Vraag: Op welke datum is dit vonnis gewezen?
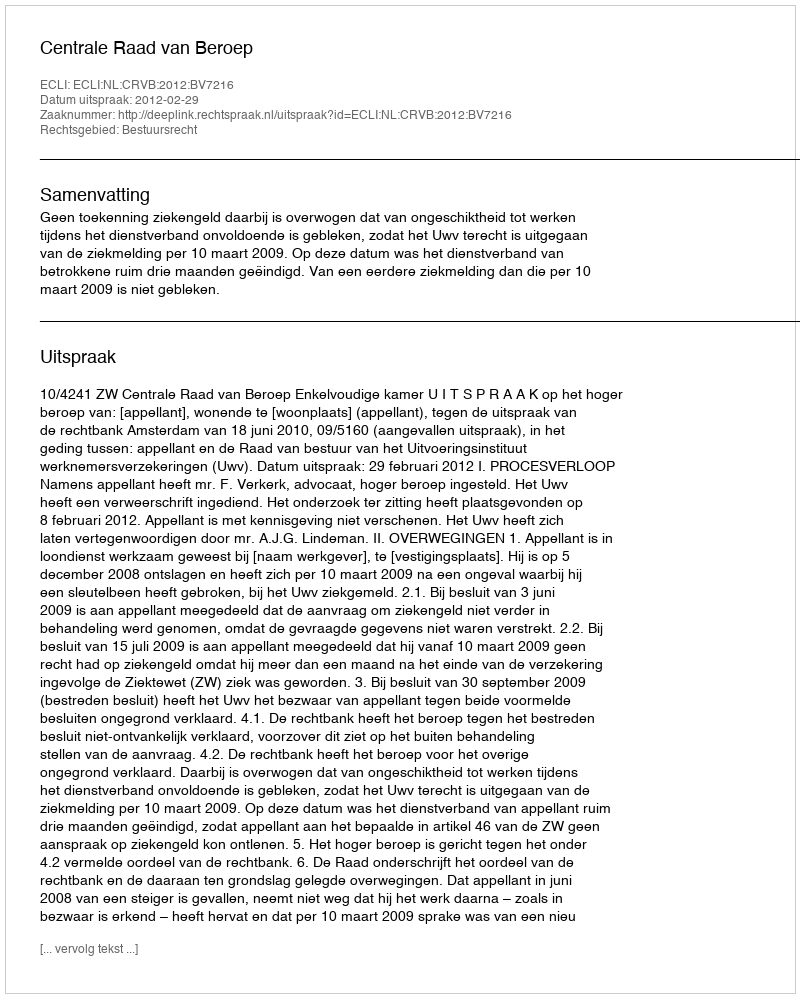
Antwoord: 2012-02-29